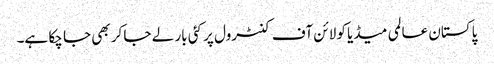
پاکستان عالمی میڈیا کو لائن آف کنٹرول پر کئی بار لے جا کر بھی جا چکا ہے۔